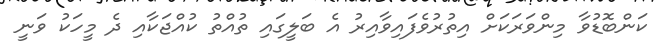
ކަންބޮޑުވާ މިންވަރަކަށް އިތުރުވެފައިވާއިރު އެ ބަލީގައި ތުއްތު ކުއްޖަކާއި ދެ މީހަކު ވަނީ